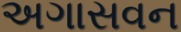
અગાસવન